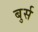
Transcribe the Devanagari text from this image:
बुर्स